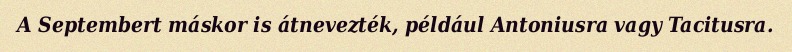
A Septembert máskor is átnevezték, például Antoniusra vagy Tacitusra.